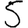
Digit: 5